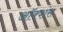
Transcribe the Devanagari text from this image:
ऑक्शंस